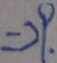
= 2 9 .